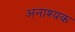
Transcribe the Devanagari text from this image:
अनाश्यक